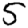
Digit: 5